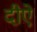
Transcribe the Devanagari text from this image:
दीऐ